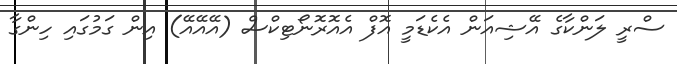
ސްރީ ލަންކާގެ އޭޝިއަން އެކެޑަމީ އޮފް އެއޮރޮނޯޓިކްސް (އޭއޭއޭ) އިން ގަމުގައި ހިންގާ